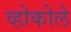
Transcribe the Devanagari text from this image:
व्होकोले